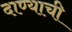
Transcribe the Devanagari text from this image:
दाण्याची